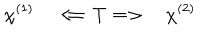
LaTeX: \chi ^ { ( 1 ) } \quad \Longleftarrow T \Longrightarrow \quad \chi ^ { ( 2 ) }